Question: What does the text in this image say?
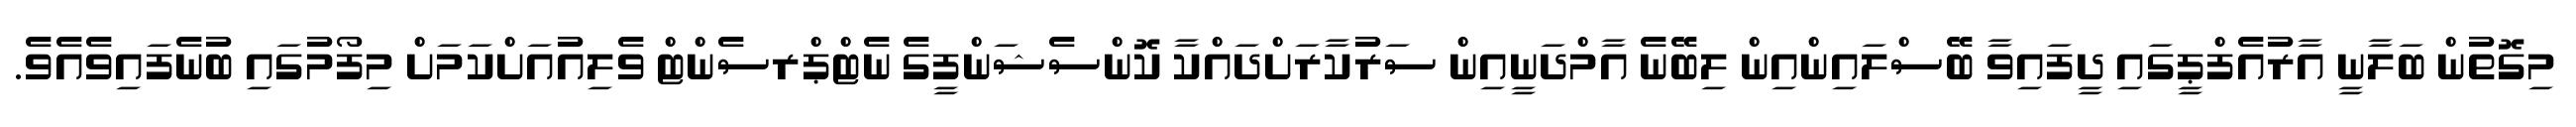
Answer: މިގޮތުން ބަލާނީ އާރުއެފްޕީގައި ދީފައިވާ ބޭސްލައިންއިން ލިބޭނެ އާމްދަނީއިން ސަރުކާރަށްދައްކާ ކޮންސެޝަންފީގެ ނެޓްޕްރސެންޓް ވެލިއުއަށްކަމަށް މިފޯމުގައި ބުނެފައިވެއެވެ.